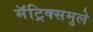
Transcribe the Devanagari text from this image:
मॅट्रिक्समुले